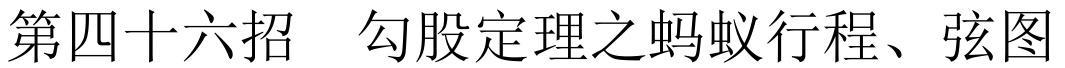
第四十六招 \quad 勾股定理之蚂蚁行程、弦图